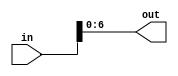

module ram_rom_if
(
	input [7:0] in,
	output [6:0] out
);

assign out = in[6:0];

endmodule